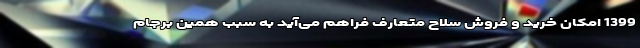
1399 امکان خرید و فروش سلاح متعارف فراهم می‌آید به سبب همین برجام